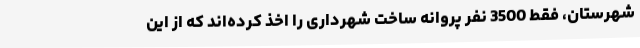
شهرستان، فقط 3500 نفر پروانه ساخت شهرداری را اخذ کرده‌اند که از این